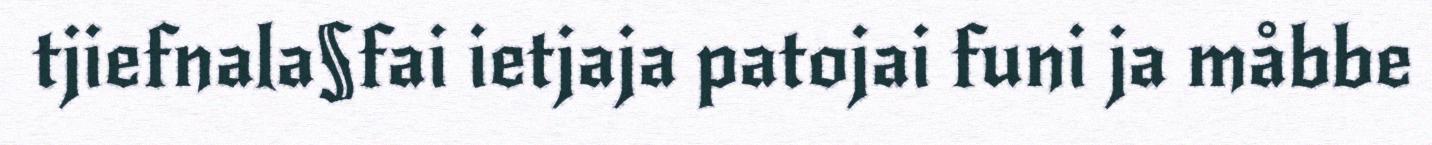
tjiefnala§fai ietjaja patojai funi ja måbbe